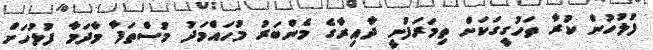
ފުލުހުން ކުރާ ތަހުގީގަކަށް ތިމަރަފުށީ ދާއިރާގެ މެންބަރު މުހައްމަދު މުސްތަފާ މާދަމާ ފުލުހަށް